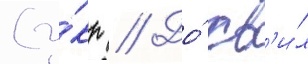
(у́кр // До́ хв'и́л